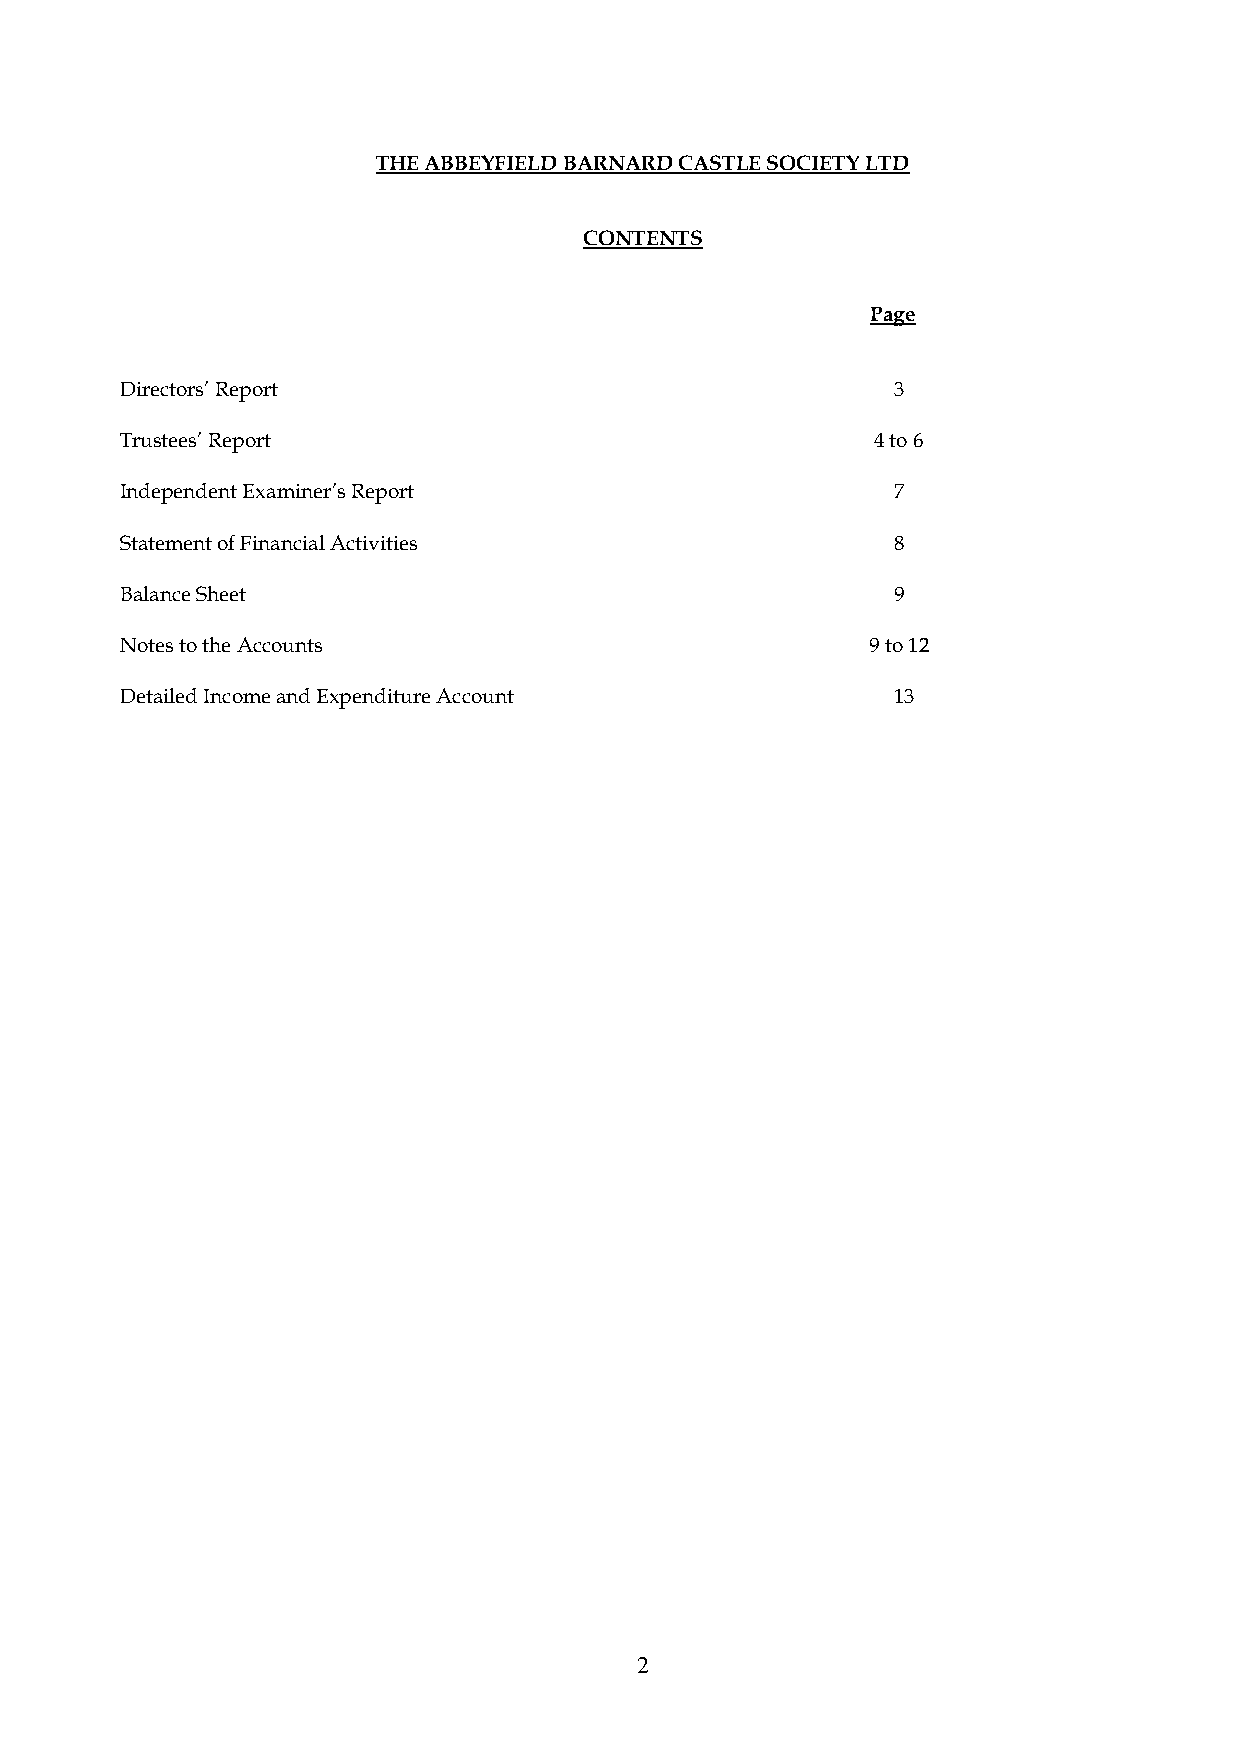
THE ABBEYFIELD BARNARD CASTLE SOCIETY LTD
 CONTENTS
 Page
 Directors’ Report                                  3
 Trustees’ Report                                  4 to 6
 Independent Examiner’s Report                      7
 Statement of Financial Activities                  8
 Balance Sheet                                      9
 Notes to the Accounts                             9 to 12
 Detailed Income and Expenditure Account            13
 2